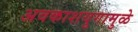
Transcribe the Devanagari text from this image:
अवकाशयुगामुळे